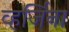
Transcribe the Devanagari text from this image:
व्हर्जिना